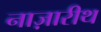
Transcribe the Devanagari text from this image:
नाज़ारीथ